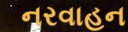
નરવાહન